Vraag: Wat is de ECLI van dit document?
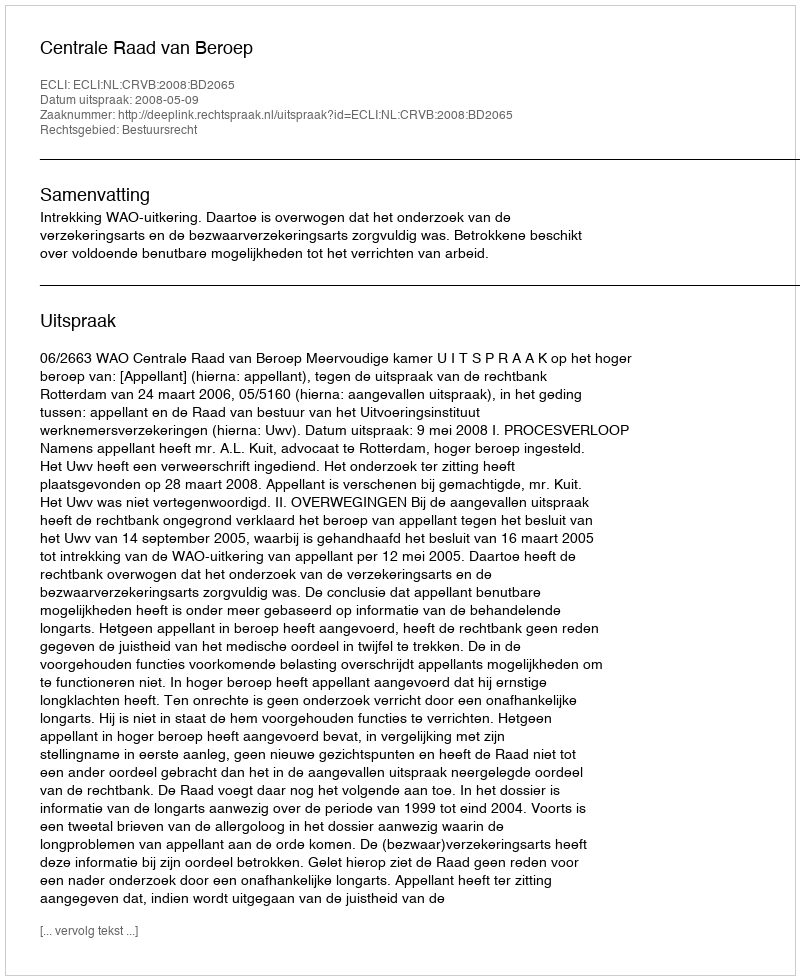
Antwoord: ECLI:NL:CRVB:2008:BD2065